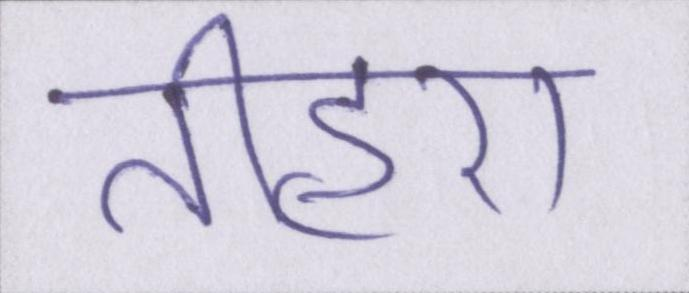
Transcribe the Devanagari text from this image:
तीहरा